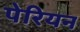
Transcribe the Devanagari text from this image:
पेरियन